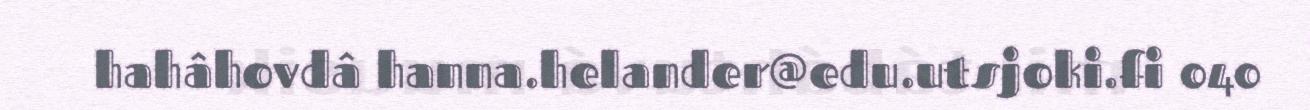
hahâhovdâ hanna.helander@edu.utsjoki.fi 040